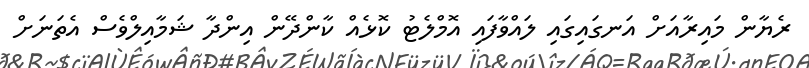
ރެޔާން މައިރާއަށް އަނގައިގައި ލައްވާފައި އޮމްލެޓު ކޮޅެއް ކާންދޭން އިންދާ ޝަމާއިލްވެސް އެތަނަށް